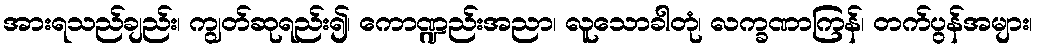
အားရသည်ချည်း၊ ကျွတ်ဆုရည်း၍၊ ကောဏ္ဍည်းအညာ၊ လူသောခါတုံ၊ လက္ခဏာကြန်၊ တက်ပွန်အများ၊